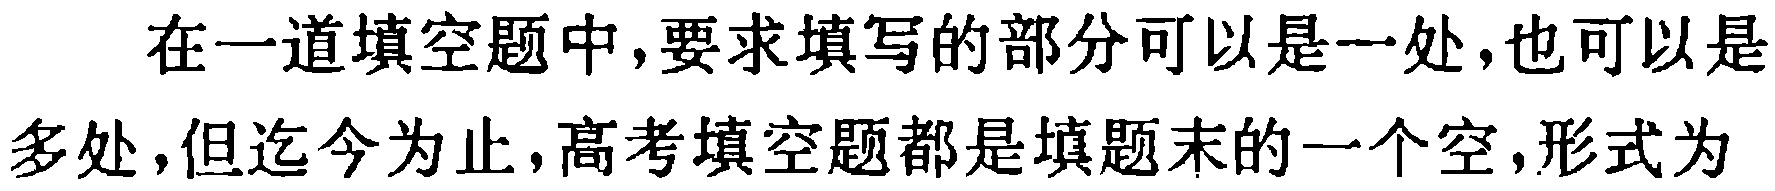
在一道填空题中,要求填写的部分可以是一处,也可以是多处,但迄今为止,高考填空题都是填题末的一个空,形式为